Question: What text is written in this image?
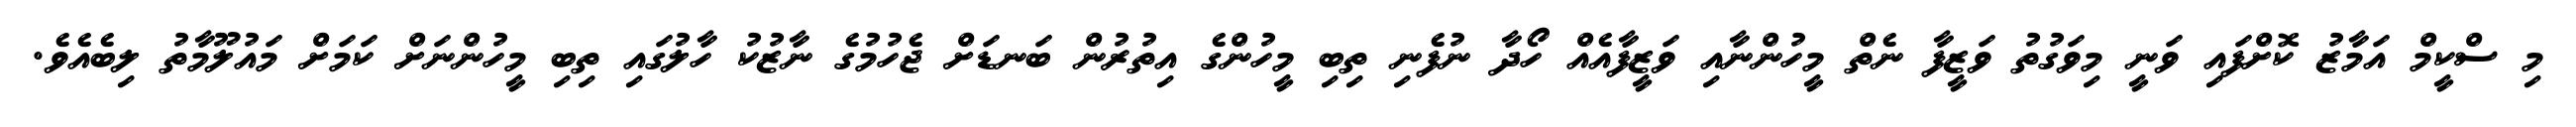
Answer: މި ސްކީމް އަމާޒު ކޮށްފައި ވަނީ މިވަގުތު ވަޒީފާ ނެތް މީހުންނާއި ވަޒީފާއެއް ހޯދާ ނުފެނި ތިބި މީހުންގެ އިތުރުން ބަނޑަށް ޖެހުމުގެ ނާޒުކު ހާލުގައި ތިބި މީހުންނަށް ކަމަށް މައުލޫމާތު ލިބެއެވެ.